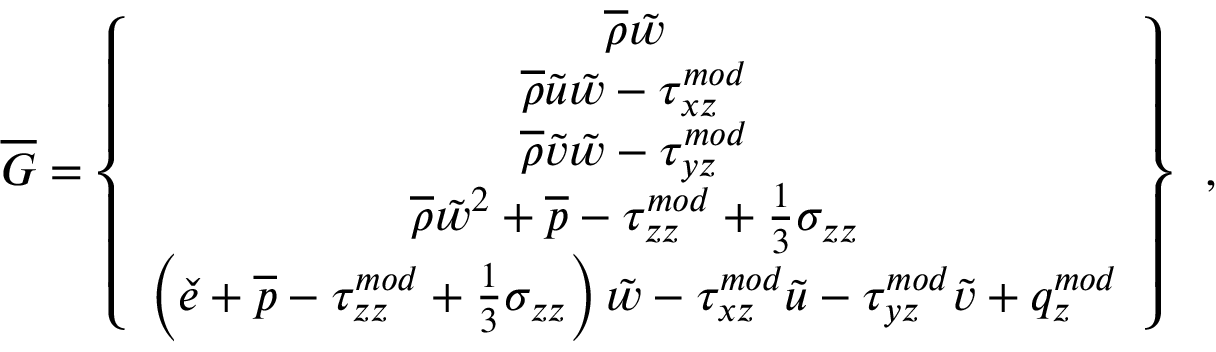
\overline { { G } } = \left\{ \begin{array} { c } { \overline { { \rho } } \tilde { w } } \\ { \overline { { \rho } } \tilde { u } \tilde { w } - { \tau } _ { x z } ^ { m o d } } \\ { \overline { { \rho } } \tilde { v } \tilde { w } - { \tau } _ { y z } ^ { m o d } } \\ { \overline { { \rho } } \tilde { w } ^ { 2 } + \overline { { p } } - { \tau } _ { z z } ^ { m o d } + \frac { 1 } { 3 } \sigma _ { z z } } \\ { \left( \check { e } + \overline { { p } } - { \tau } _ { z z } ^ { m o d } + \frac { 1 } { 3 } \sigma _ { z z } \right) \tilde { w } - { \tau } _ { x z } ^ { m o d } \tilde { u } - { \tau } _ { y z } ^ { m o d } \tilde { v } + q _ { z } ^ { m o d } } \end{array} \right\} \, \mathrm { ~ , ~ }